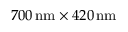
7 0 0 \, \mathrm { n m } \times 4 2 0 \, \mathrm { n m }